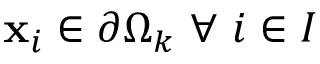
\mathbf { x } _ { i } \in \partial \Omega _ { k } \ \forall \ i \in I